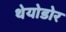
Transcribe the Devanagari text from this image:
थेयोडोर